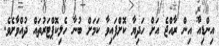
އިންޑިއާ އިން ރާއްޖެ އަށް ހަދިޔާ ކޮށްފައިވާ ކަމަށް ބުނާ ހެލިކޮޕްޓަރުތައް ދުއްވާށެވެ.